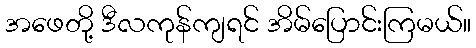
အဖေတို့ ဒီလကုန်ကျရင် အိမ်ပြောင်းကြမယ်။